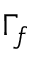
\Gamma _ { f }